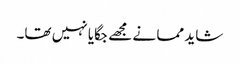
شاید مما نے مجھے جگایا نہیں تھا۔